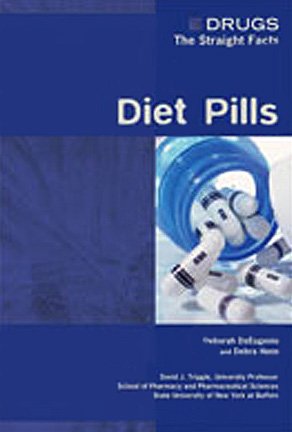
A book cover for Diet Pills (Drugs: The Straight Facts); Deborah DeEugenio; Teen & Young Adult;